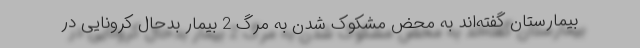
بیمارستان گفته‌اند به محض مشکوک شدن به مرگ 2 بیمار بدحال کرونایی در